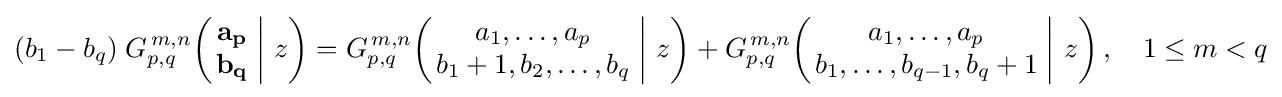
(b_{1}-b_{q})\;G_{p,q}^{\,m,n}\!\left(\left.{\begin{matrix}\mathbf {a_{p}} \\\mathbf {b_{q}} \end{matrix}}\;\right|\,z\right)=G_{p,q}^{\,m,n}\!\left(\left.{\begin{matrix}a_{1},\dots ,a_{p}\\b_{1}+1,b_{2},\dots ,b_{q}\end{matrix}}\;\right|\,z\right)+G_{p,q}^{\,m,n}\!\left(\left.{\begin{matrix}a_{1},\dots ,a_{p}\\b_{1},\dots ,b_{q-1},b_{q}+1\end{matrix}}\;\right|\,z\right),\quad 1\leq m<q